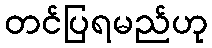
တင်ပြရမည်ဟု